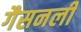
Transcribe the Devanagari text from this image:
गैसनली